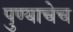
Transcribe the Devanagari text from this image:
पुण्याचेच